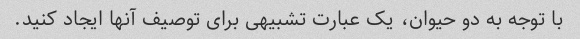
با توجه به دو حیوان، یک عبارت تشبیهی برای توصیف آنها ایجاد کنید.